Lui_Olesk, lk 23
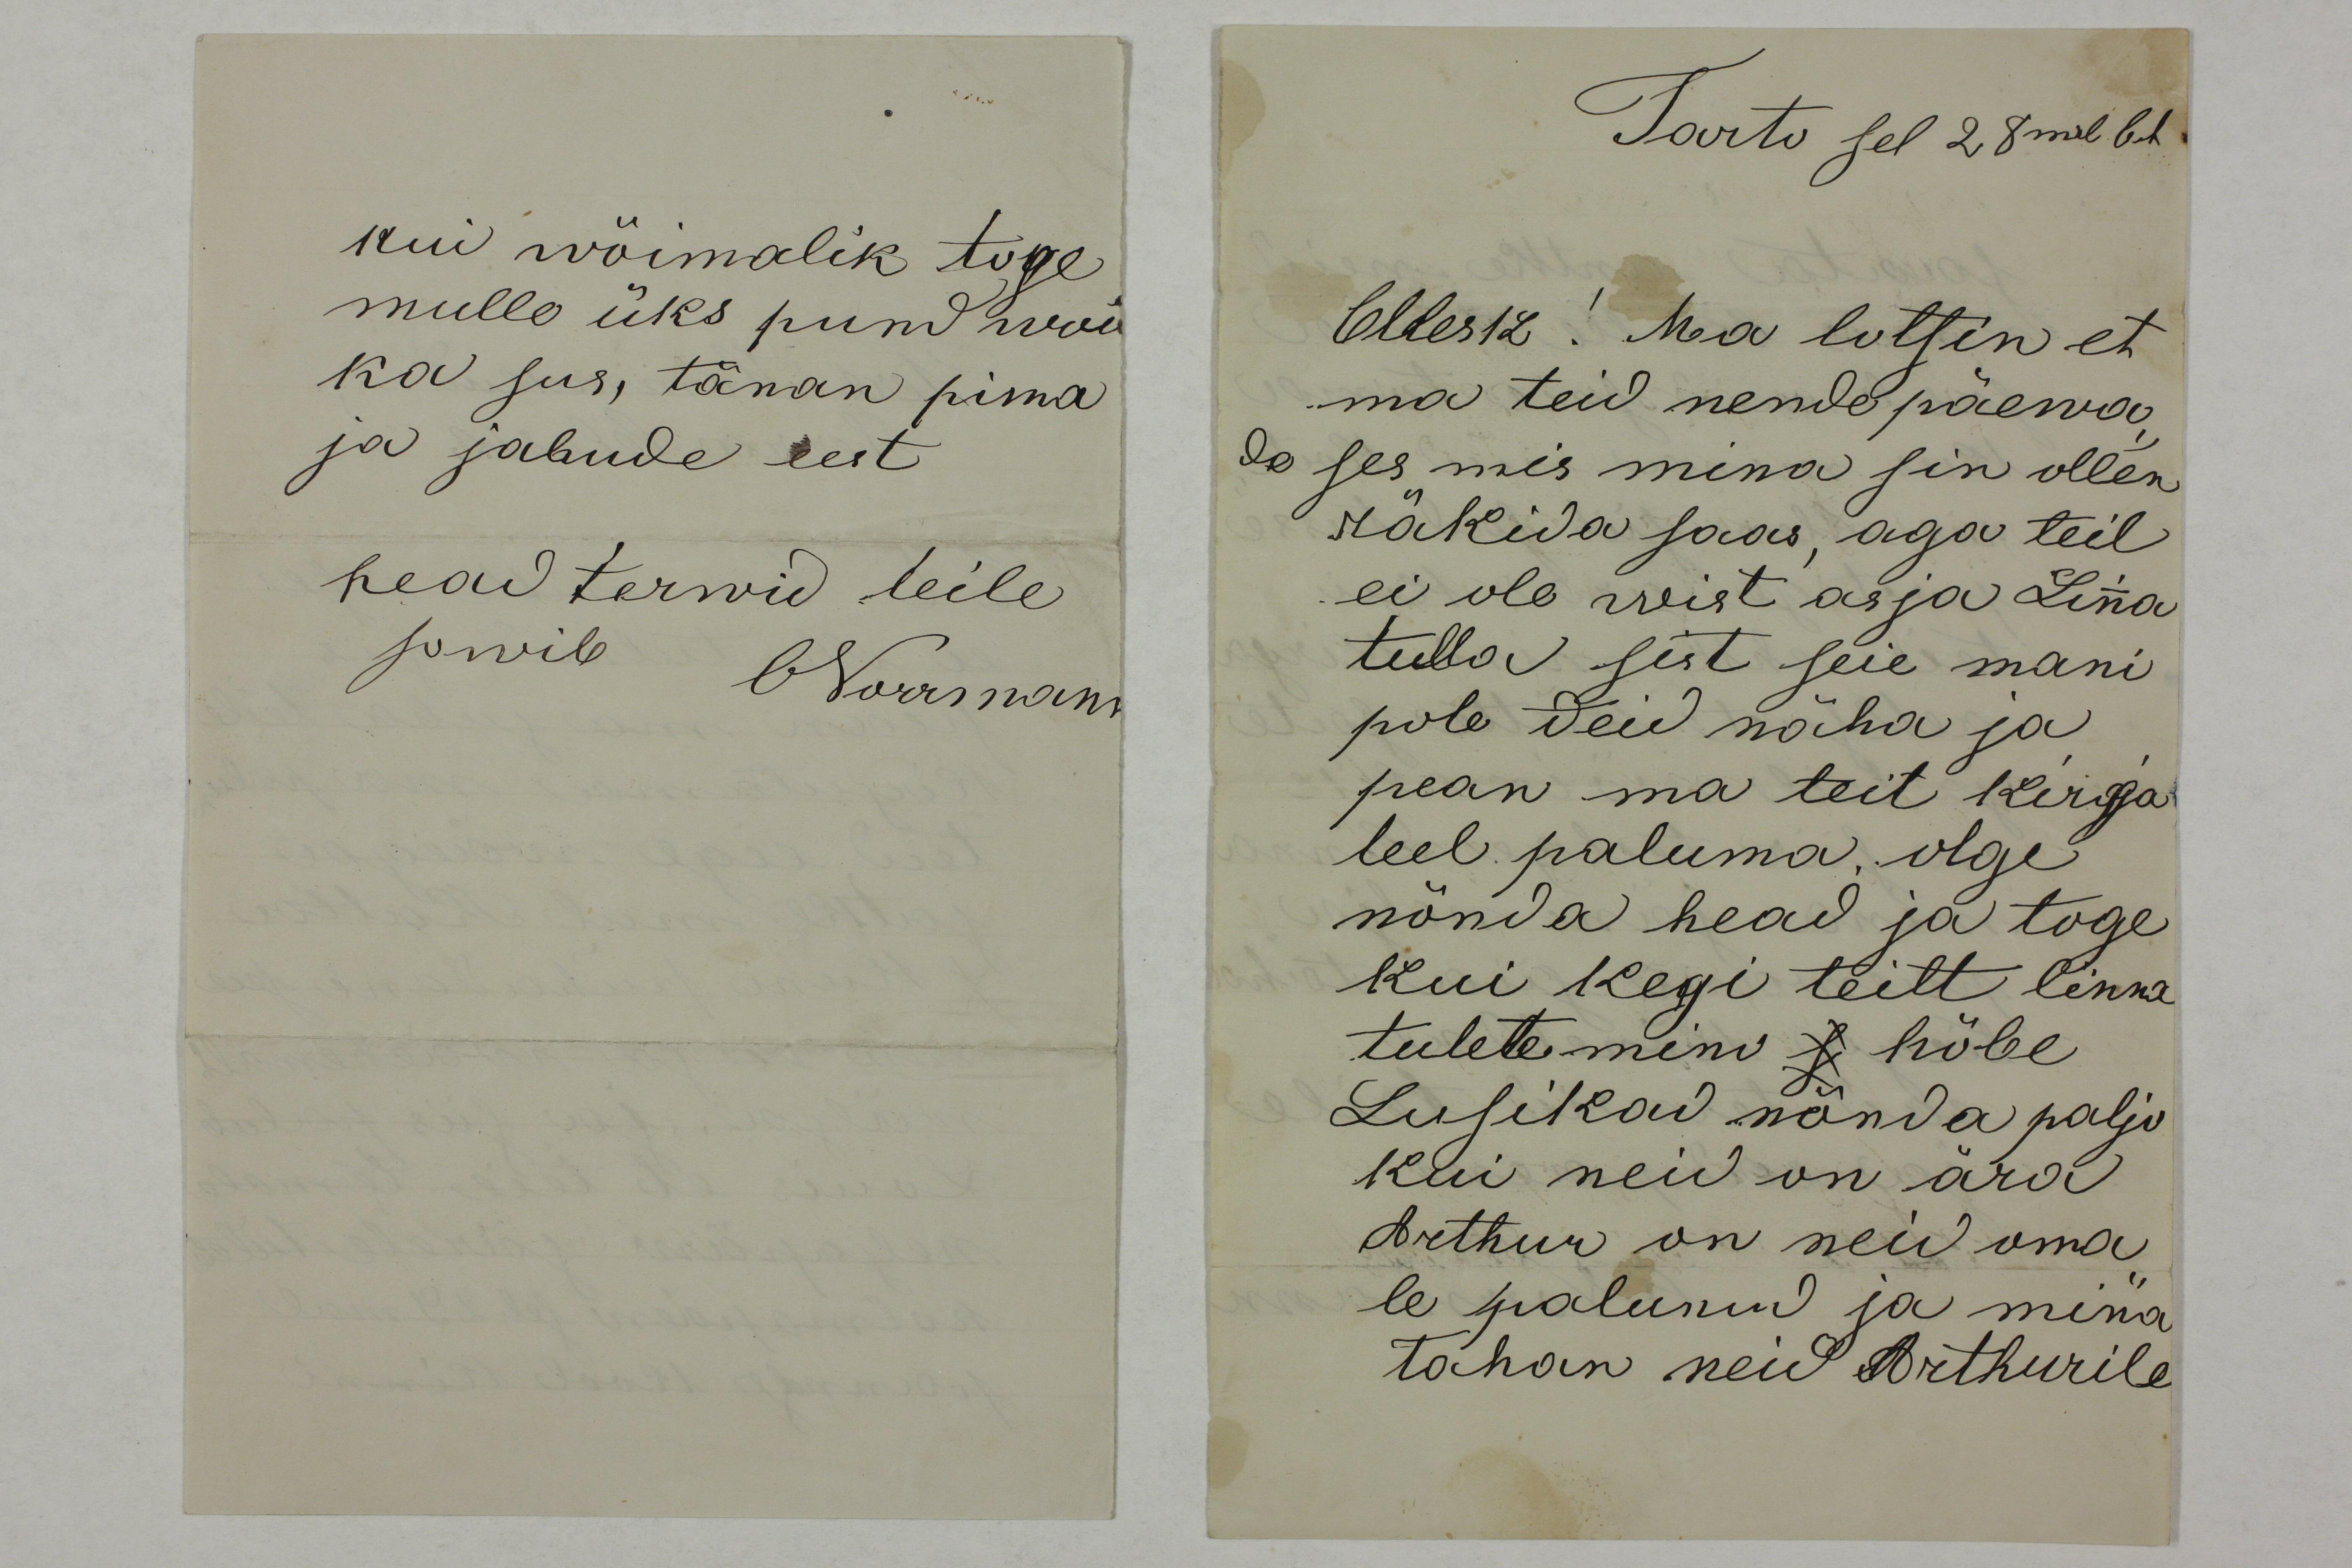
kui wõimalik toge
mulle üks pund woi
ka siis, tänan pima
ja jahude eest
head terwid teile
sowib
ONorrmann

Tarto sel 28mal Oct
Ollesk! Ma lotsin et
ma teid nende päewa-
de ses mis mina sin ollen
räkida saas, aga teil
ei ole wist asja Linna
tulla sest seie mani
pole teid näha ja 
pean ma teit kirja
teel paluma, olge
nönda head ja toge
kui kegi teilt linna
tulete mino s hõbe
Lusikad nõnda paljo
Kui neid on ära
Arthur on neid oma-
le palunud ja mina
tahan neid Arthurile